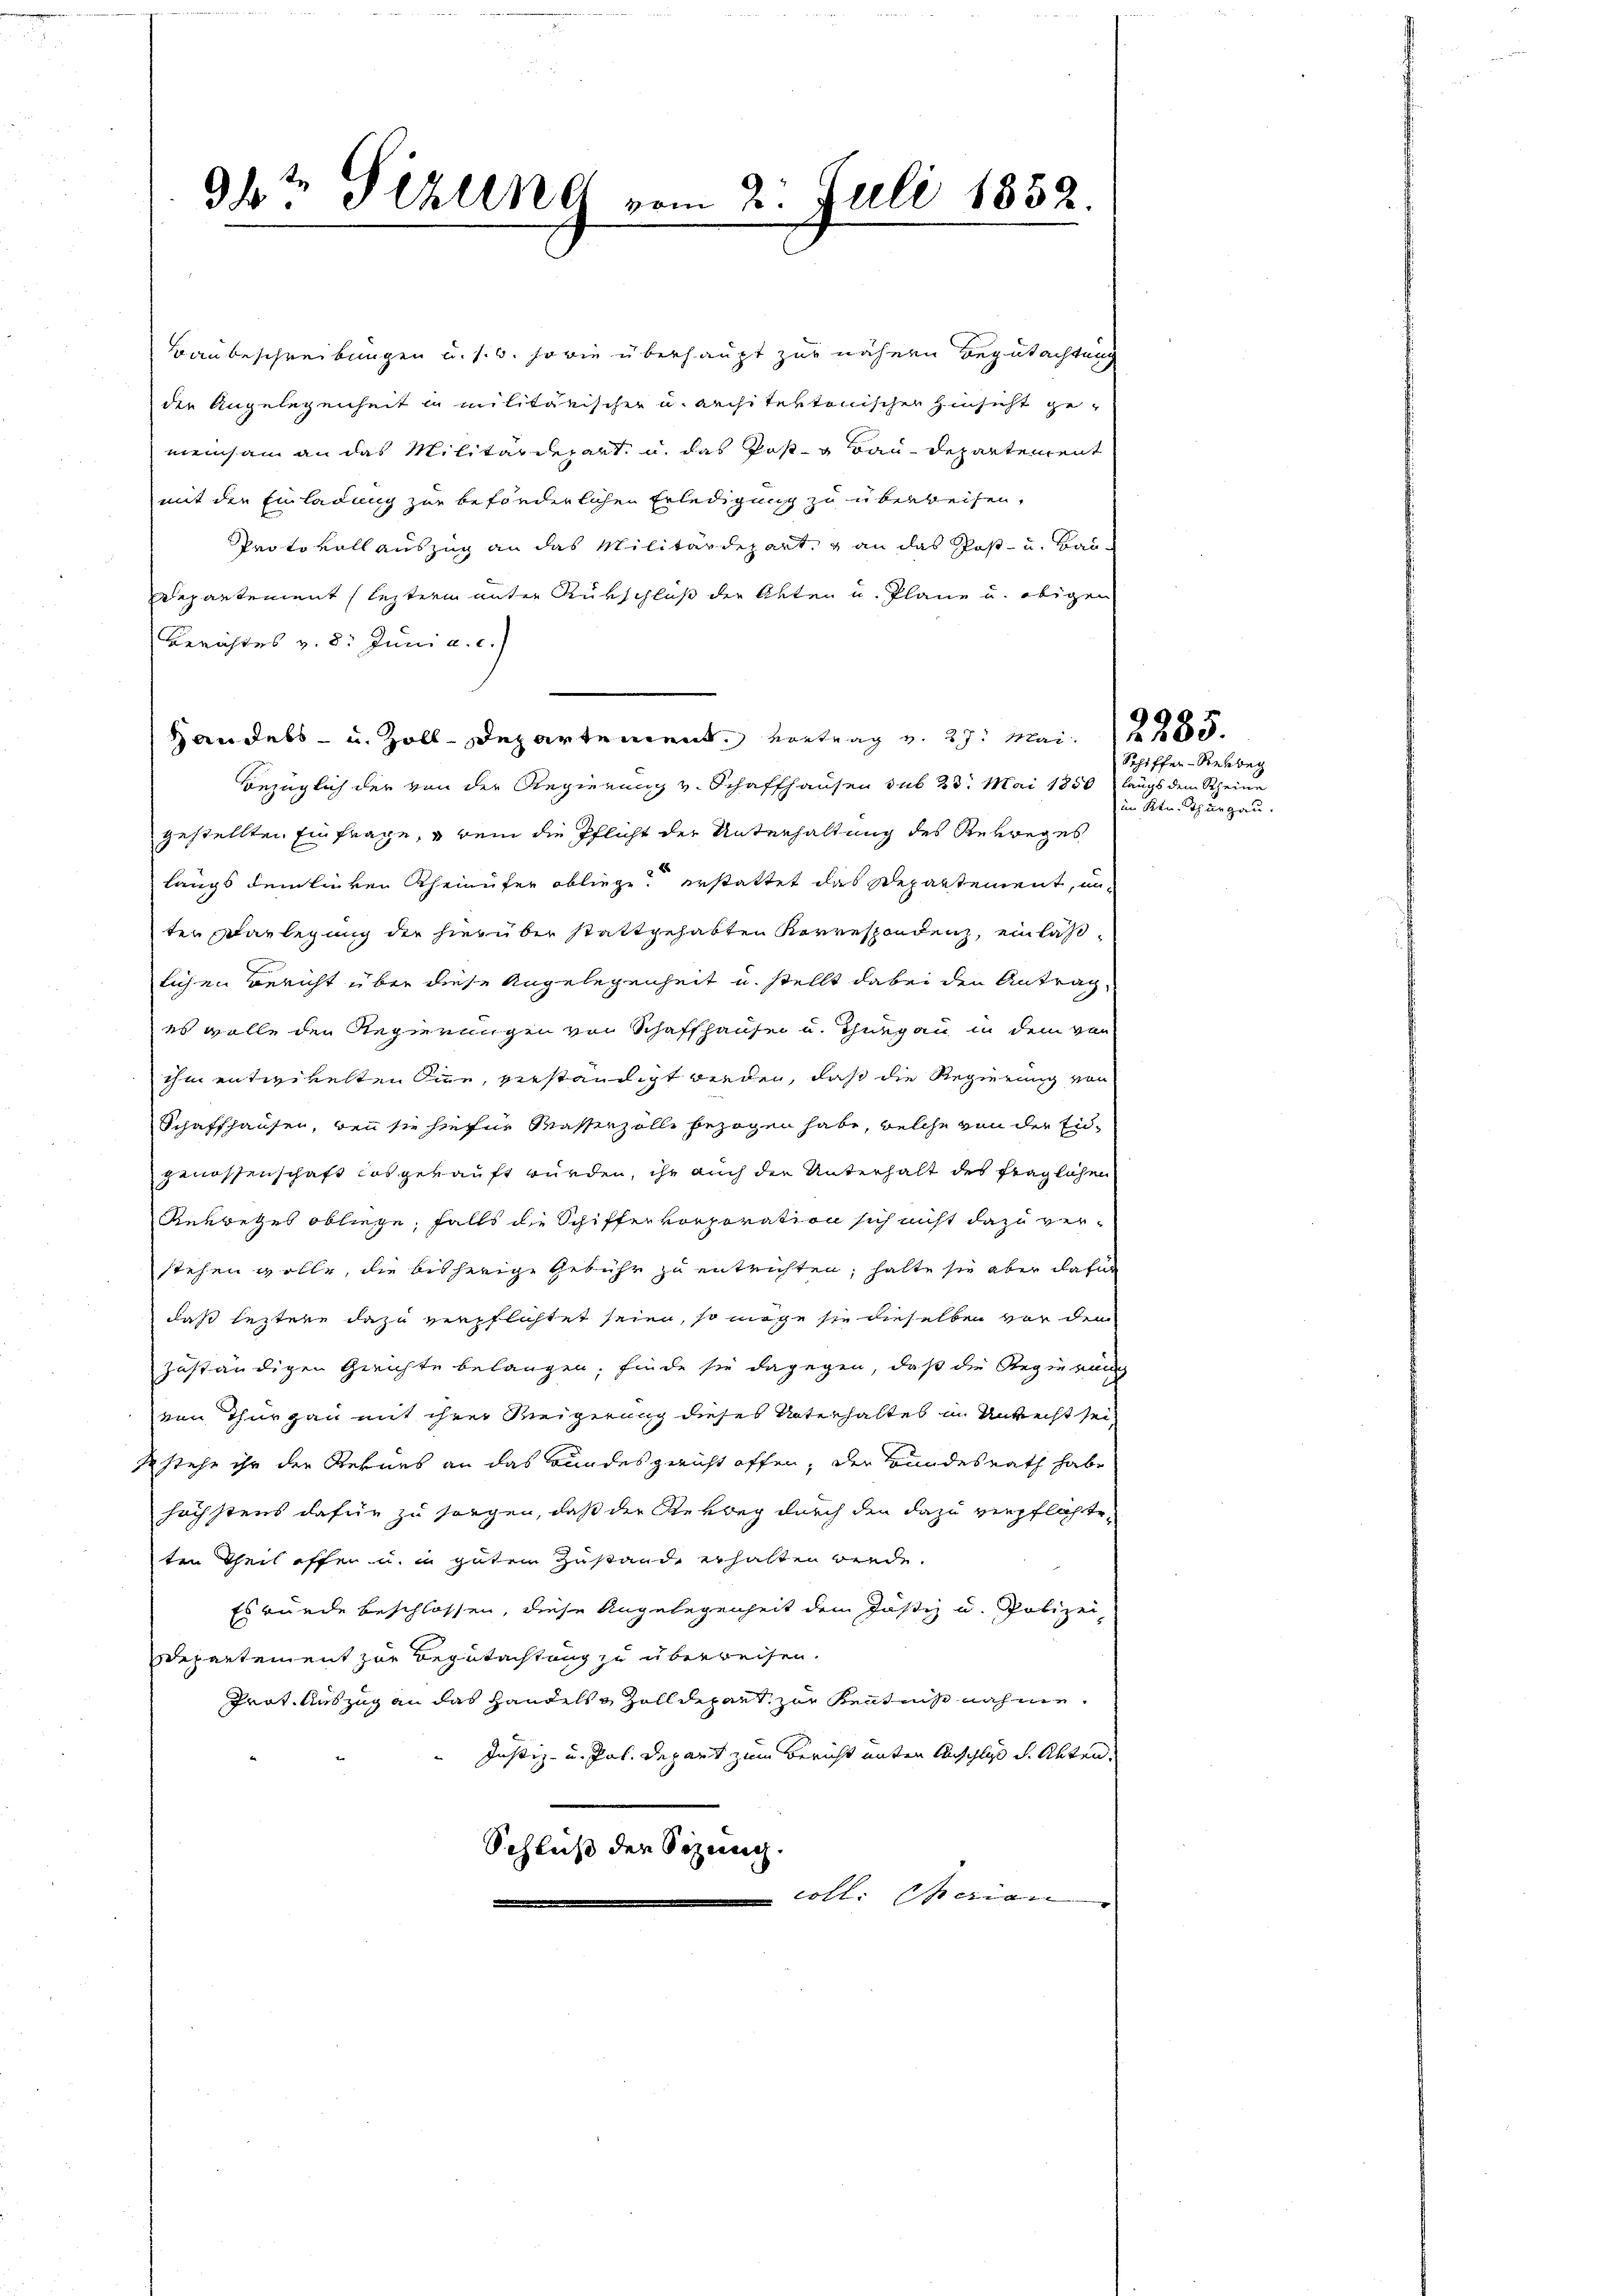
Baubeschreibungen u. s. w. sowie überhaupt zur nähern Begutachtung
der Angelegenheit in militärischer u. architektonischen Hinsicht gemeinsam an das Militärdepart, u. das Post- u Bau-Departement
mit den Einladung zur beförderlichen Erledigung zu überweisen,
Protokoll auszug an das Militärdepart, & an das Post- u. Bau¬
Departement leztere unter Rückschluß der Akten u. Plane u. obigen
Berichtes v. 8. Juni a. c.)
Handels- u. Zolldepartement vortrag v. 27. Mai.
Bezüglich der von der Regierung v. Schaffhausen sub 23. Mai 1850 längs dem Rheine
gestellten Einfrage, u dem die Pflicht der Unterhaltung des Rerweges
langs dem linken Rheinufer obliege erstattet das Departement, un
ten Darlegung der hierüber stattgehabten Korrespondenz, einlaslichen Bericht über diese Angelegenheit u. stellt dabei den Antrag,
es wolle den Regierungen von Schaffhausen u. Thurgau in dem von
ihm entwickelten Sine, verständigt werden, daß die Regierung von
Schaffhausen, bei sie hiefür Masserzolle bezogen habe, welche von der Eidgenossenschaft losgekauft würden, ihr auch die Unterhalt des fraglichen
Gekretzes obliege, falls die Schifferkorporation sich nicht dazu verstehen wolle, die bisherige Gebühr zu entrichten, halte sie aber dafür
daß letztere dazu verpflichtet seien, so möge sie dieselben vor den
zuständigen Gerichte belangen, finde sie dagegen, daß die Regierung
von Thurgau mit ihrer Weigerung dieses Unterhaltes in Unrecht sei
2 stehe ihr der Rekurs an das Bundesgericht offen, der Bundesrath habe
höchstens dafür zu sorgen, daß der Rekbeg durch den dazu verpflichte
ten Theil offen u. in guten Zustand erhalten werde.
Es wurde beschlossen, diese Angelegenheit dem Justiz u. Polizei
Departement zur Begutachtung zu überreisen.
Prot. Auszug an das Handels Zolldepart zur Kenntnis nahme.
Justiz- u. Jos. Depart zum Bericht unten Anschluß d. Akten.
Schluß der Sizung.
 hl. seien

942 Sizung vom 2. Juli 1852.

Schiffen-Rekbeg
im Rer. Thurgau.

2285.